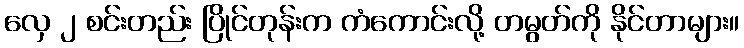
လှေ ၂ စင်းတည်း ပြိုင်တုန်းက ကံကောင်းလို့ တမွတ်ကို နိုင်တာများ။